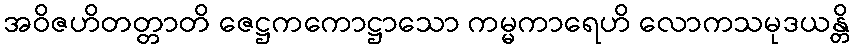
အဝိဇဟိတတ္တာတိ ဇေဋ္ဌကကောဋ္ဌာသော ကမ္မကာရေဟိ လောကသမုဒယန္တိ